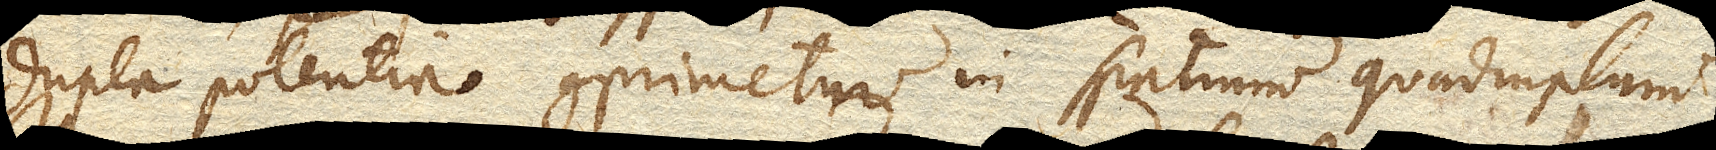
dupla potentia comprimetur in spatium quadruplum.